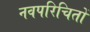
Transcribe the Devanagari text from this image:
नवपरिचितों